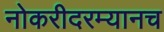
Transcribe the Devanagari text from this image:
नोकरीदरम्यानच